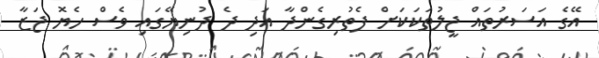
އޭގެ އަސަރުތައް ޖީލުތަކަކަށް ފެތުރިގެންދާ އަދި ދެ ދުނިޔޭގައި ވެސް ހެޔޮ ޖަޒާ